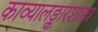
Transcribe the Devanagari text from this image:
काव्यालङ्कारशास्त्र